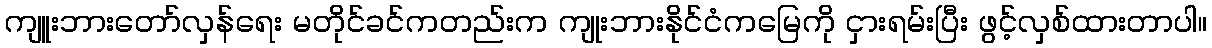
ကျူးဘားတော်လှန်ရေး မတိုင်ခင်ကတည်းက ကျုးဘားနိုင်ငံကမြေကို ငှားရမ်းပြီး ဖွင့်လှစ်ထားတာပါ။